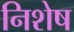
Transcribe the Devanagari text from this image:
निशेष